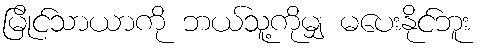
မြိုင်သာယာကို ဘယ်သူ့ကိုမျှ မပေးနိုင်ဘူး